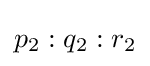
p_{2}:q_{2}:r_{2}